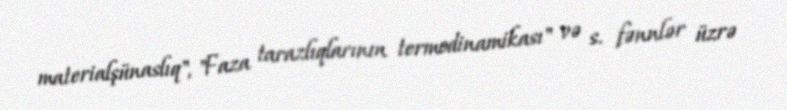
materialşünaslıq", "Faza tarazlıqlarının termodinamikası" və s. fənnlər üzrə